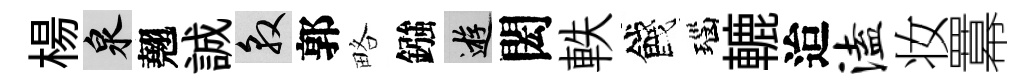
楊泉翹誠敦郭略鏹游閎軼餞瑙轆迨溘妆羃